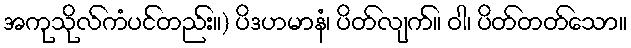
အကုသိုလ်ကံပင်တည်း။) ပိဒဟမာနံ၊ ပိတ်လျက်။ ဝါ၊ ပိတ်တတ်သော။